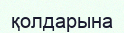
қолдарына